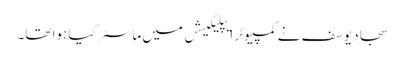
سجاد یوسف نے کمپیوٹر ایپلیکیشں میں ماسٹر کیا ہوا تھا۔